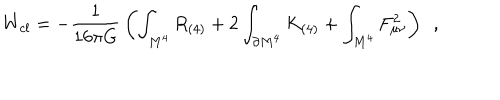
W _ { c l } = - { \frac { 1 } { 1 6 \pi G } } \left( \int _ { M ^ { 4 } } R _ { ( 4 ) } + 2 \int _ { \partial M ^ { 4 } } K _ { ( 4 ) } + \int _ { M ^ { 4 } } F _ { \mu \nu } ^ { 2 } \right) ~ ~ ,